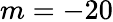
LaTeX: m=-20